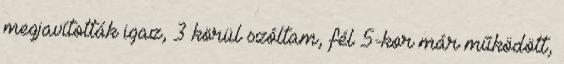
megjavították igaz, 3 körül szóltam, fél 5-kor már működött,